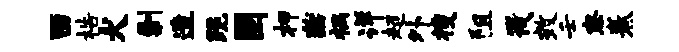
酉梏犬剿造跪固柙燕祸详超外搜阻筏效壬察卷